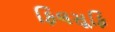
ફિલસૂફિ